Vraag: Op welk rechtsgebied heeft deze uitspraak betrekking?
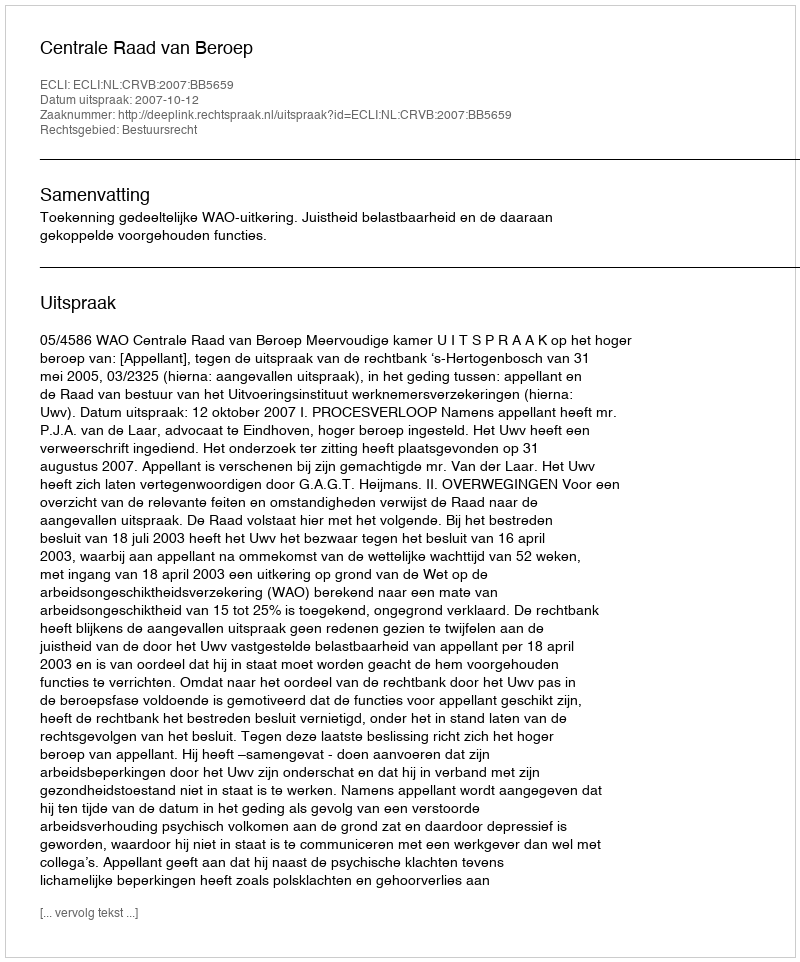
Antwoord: Bestuursrecht